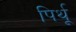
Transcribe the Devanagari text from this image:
पिर्थू